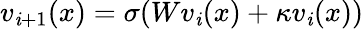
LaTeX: v_{\mathit{i}+1}(x)=\sigma(Wv_{\mathit{i}}(x)+\mathcal{{\kappa}}v_{\mathit{i}}(x))